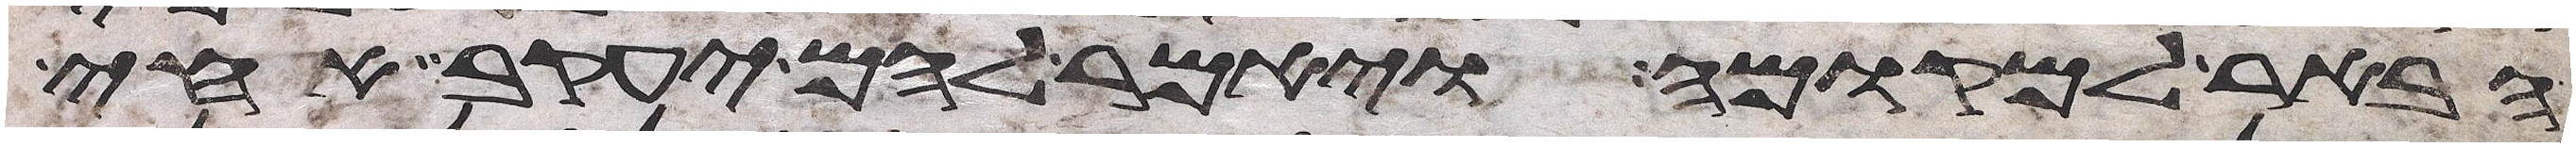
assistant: הבאר למקומה ויאמר להם יעקב אחי